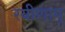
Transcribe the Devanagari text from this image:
रयीणाम्